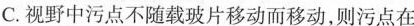
C.视野中污点不随载玻片移动而移动，则污点在